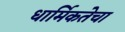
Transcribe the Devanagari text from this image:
धार्मिकतेचा